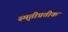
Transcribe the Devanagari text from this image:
स्मृतीप्रतीक